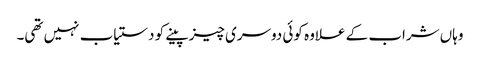
وہاں شراب کے علاوہ کوئی دوسری چیز پینے کو دستیاب نہیں تھی۔